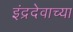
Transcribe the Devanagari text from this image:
इंद्रदेवाच्या